Civil Veterinary Dept. Assam report 1927-50 - 1927-1950
Year: 1927
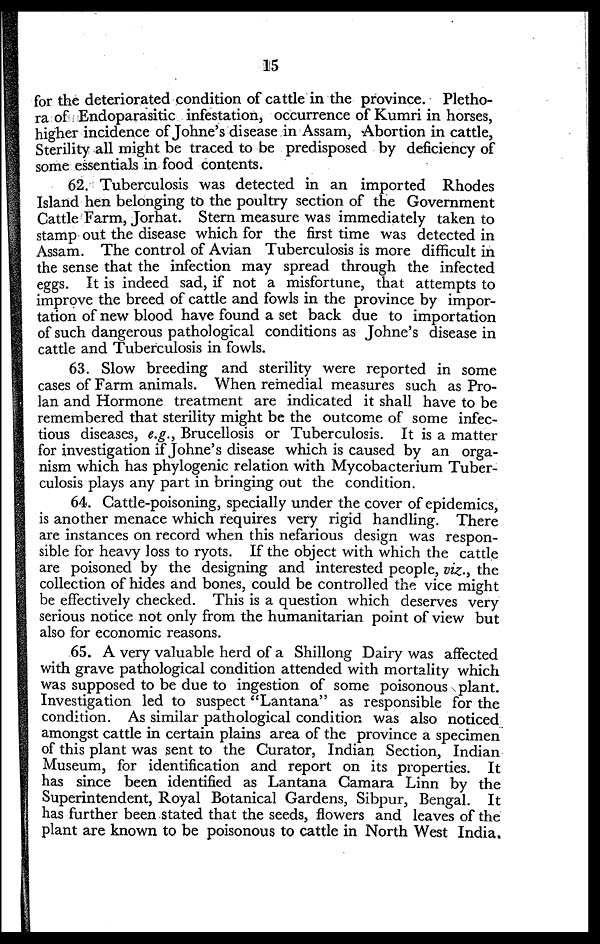
15
for the deteriorated condition of cattle in the province. Pletho-
ra of Endoparasitic infestation, occurrence of Kumri in horses,
higher incidence of Johne's disease in Assam, Abortion in cattle,
Sterility all might be traced to be predisposed by deficiency of
some essentials in food contents.
62. Tuberculosis was detected in an imported Rhodes
Island hen belonging to the poultry section of the Government
Cattle Farm, Jorhat. Stern measure was immediately taken to
stamp out the disease which for the first time was detected in
Assam. The control of Avian Tuberculosis is more difficult in
the sense that the infection may spread through the infected
eggs. It is indeed sad, if not a misfortune, that attempts to
improve the breed of cattle and fowls in the province by impor-
tation of new blood have found a set back due to importation
of such dangerous pathological conditions as Johne's disease in
cattle and Tuberculosis in fowls.
63. Slow breeding and sterility were reported in some
cases of Farm animals. When remedial measures such as Pro-
lan and Hormone treatment are indicated it shall have to be
remembered that sterility might be the outcome of some infec-
tious diseases, e.g., Brucellosis or Tuberculosis. It is a matter
for investigation if Johne's disease which is caused by an orga-
nism which has phylogenic relation with Mycobacterium Tuber-
culosis plays any part in bringing out the condition.
64. Cattle-poisoning, specially under the cover of epidemics,
is another menace which requires very rigid handling. There
are instances on record when this nefarious design was respon-
sible for heavy loss to ryots. If the object with which the cattle
are poisoned by the designing and interested people, viz., the
collection of hides and bones, could be controlled the vice might
be effectively checked. This is a question which deserves very
serious notice not only from the humanitarian point of view but
also for economic reasons.
65. A very valuable herd of a Shillong Dairy was affected
with grave pathological condition attended with mortality which
was supposed to be due to ingestion of some poisonous plant.
Investigation led to suspect "Lantana" as responsible for the
condition. As similar pathological condition was also noticed
amongst cattle in certain plains area of the province a specimen
of this plant was sent to the Curator, Indian Section, Indian
Museum, for identification and report on its properties. It
has since been identified as Lantana Camara Linn by the
Superintendent, Royal Botanical Gardens, Sibpur, Bengal. It
has further been stated that the seeds, flowers and leaves of the
plant are known to be poisonous to cattle in North West India,